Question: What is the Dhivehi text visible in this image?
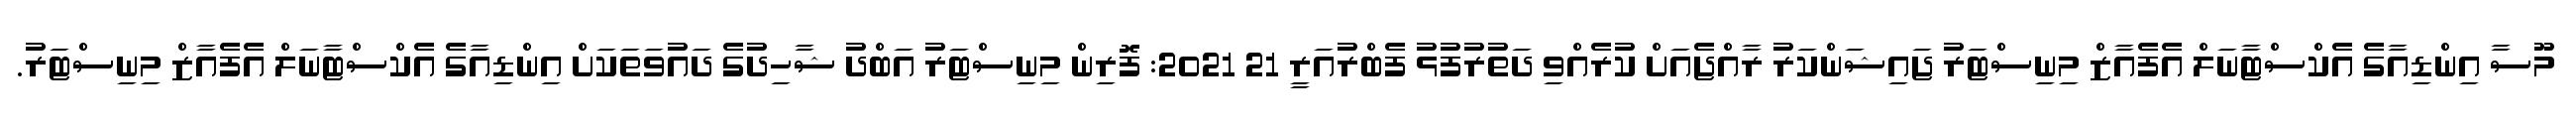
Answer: މޫސާ އިންޑިއާގެ އެކްސްޓާނަލް އެފެއާޒް މިނިސްޓަރު ޖައިޝަންކަރު ރާއްޖެއަށް ކުރެއްވި ދަތުރުފުޅު ފެބްރުއަރީ 21 2021: ފޮރިން މިނިސްޓަރު އަބްދު ޝާހިދުގެ ދައުވަތަކަށް އިންޑިއާގެ އެކްސްޓާނަލް އެފެއާޒް މިނިސްޓަރު.